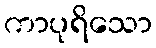
ကာပုရိသော